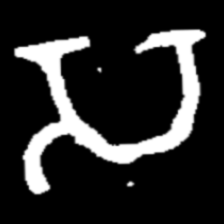
Pyu character \u2014 Myanmar letter: သ (romanized: sa)